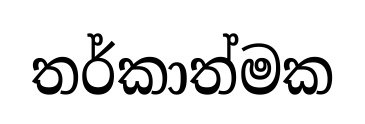
තර්කාත්මක